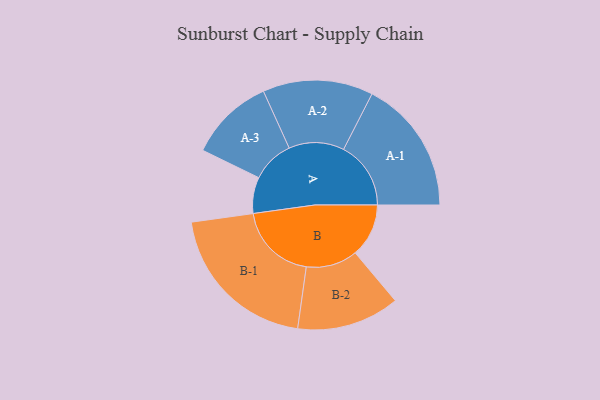
{"axis": {"x": "Segment", "y": "Value"}, "legend": ["", "A", "B"], "data": [{"x": "A", "y": 105, "type": ""}, {"x": "B", "y": 155, "type": ""}, {"x": "A-1", "y": 195, "type": "A"}, {"x": "A-2", "y": 160, "type": "A"}, {"x": "A-3", "y": 123, "type": "A"}, {"x": "B-1", "y": 230, "type": "B"}, {"x": "B-2", "y": 149, "type": "B"}]}